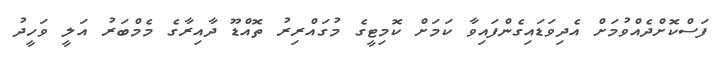
ފަސްކޮށްދެއްވުމަށް އެދިވަޑައިގެންފައިވާ ކަމަށް ކޮމިޓީގެ މުގައްރިރު ތޮއްޑޫ ދާއިރާގެ މެމްބަރު އަލީ ވަހީދު